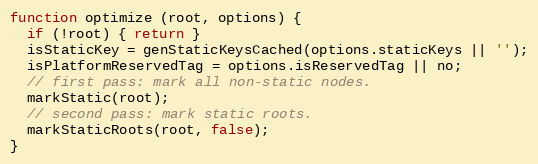
Language: JavaScript
function optimize (root, options) {
  if (!root) { return }
  isStaticKey = genStaticKeysCached(options.staticKeys || '');
  isPlatformReservedTag = options.isReservedTag || no;
  // first pass: mark all non-static nodes.
  markStatic(root);
  // second pass: mark static roots.
  markStaticRoots(root, false);
}